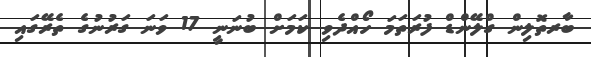
ބާރތޮލިން ގްލޭންޑް ފުރަތަމަ ހޯއްދެވި ކަމަށް ބުނަނީ 17 ވަނަ ގަރުނުގެ ތެރޭގައި